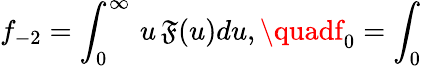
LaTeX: f_{-2}=\int_{0}^{\infty}\, u\, \mathfrak{F}(u)du,\quadf_{0}=\int_{0}